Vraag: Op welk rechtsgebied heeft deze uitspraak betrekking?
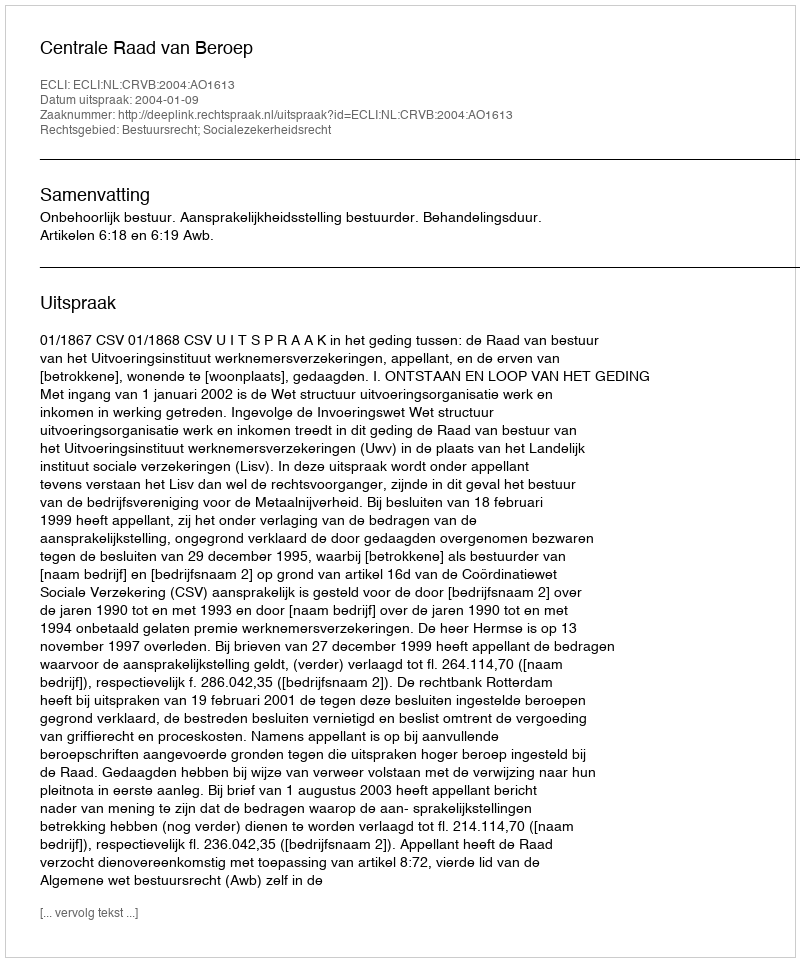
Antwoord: Bestuursrecht; Socialezekerheidsrecht